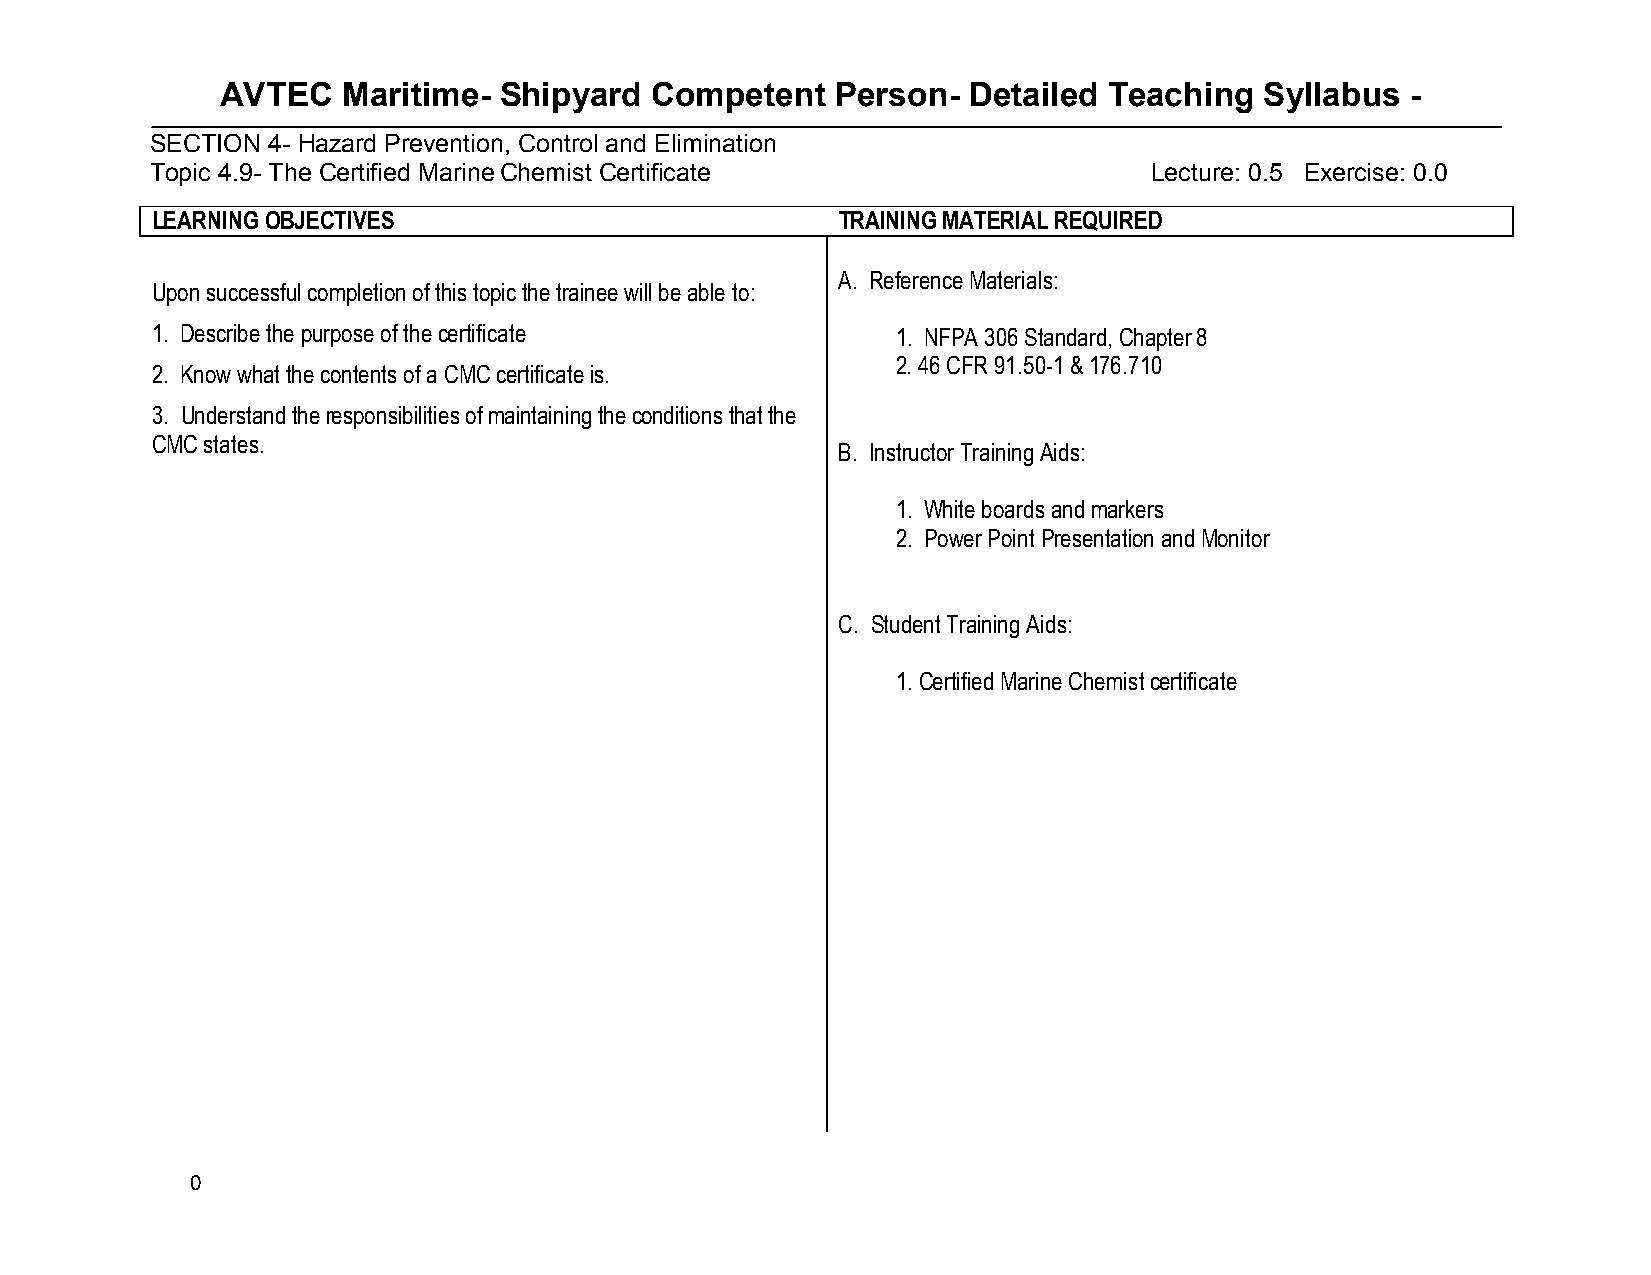
AVTEC   Maritime- Shipyard  Competent   Person-  Detailed Teaching   Syllabus -
 SECTION 4- Hazard Prevention, Control and Elimination
 Topic 4.9- The Certified Marine Chemist Certificate               Lecture: 0.5 Exercise: 0.0
 LEARNING OBJECTIVES                          TRAINING MATERIAL REQUIRED
 A. Reference Materials:
 Upon successful completion of this topic the trainee will be able to:
 1. Describe the purpose of the certificate       1. NFPA 306 Standard, Chapter 8
 2. 46 CFR 91.50-1 & 176.710
 2. Know what the contents of a CMC certificate is.
 3. Understand the responsibilities of maintaining the conditions that the
 CMC states.
 B. Instructor Training Aids:
 1. White boards and markers
 2. Power Point Presentation and Monitor
 C. Student Training Aids:
 1. Certified Marine Chemist certificate
 0